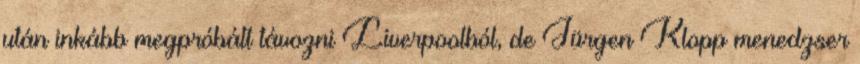
után inkább megpróbált távozni Liverpoolból, de Jürgen Klopp menedzser